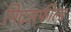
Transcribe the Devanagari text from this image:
पिट्सफील्ड